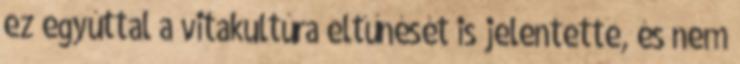
ez egyúttal a vitakultúra eltűnését is jelentette, és nem